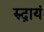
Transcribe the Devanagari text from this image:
रुद्रायं